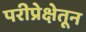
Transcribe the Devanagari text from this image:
परीप्रेक्षेतून